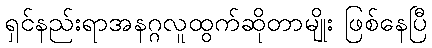
ရှင်နည်းရာအနဂ္ဂလူထွက်ဆိုတာမျိုး ဖြစ်နေပြီ